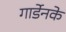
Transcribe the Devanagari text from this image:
गार्डेनके